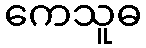
ကေသူဓ